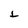
Character: L